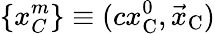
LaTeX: \{ x_{C}^{m}\} \equiv(cx_{\mathrm{C}}^{0},{\vec{x}}_{\mathrm{C}})